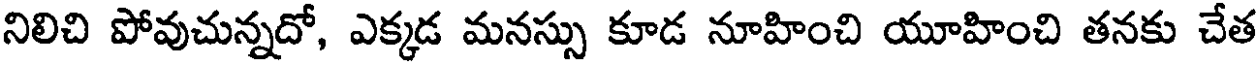
నిలిచి పోవుచున్నదో, ఎక్కడ మనస్సు కూడ నూహించి యూహించి తనకు చేత